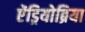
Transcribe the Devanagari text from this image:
ऐंड्रियोब्रिया